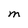
Character: M